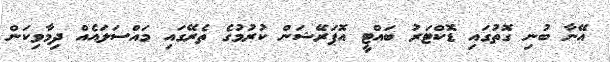
އޭނާ ބުނި ގޮތުގައި ޑޮކްޓަރު ބައްޓީ އޮޕަރޭޝަން ކުރުމުގެ ތެރޭގައި މައްސަލައެއް ދިމާވިކަން